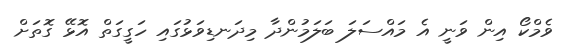
ވެމްކޯ އިން ވަނީ އެ މައްސަލަ ބަލަމުންދާ މިދަނޑިވަޅުގައި ހަގީގަތް އޮޅޭ ގޮތަށް